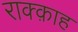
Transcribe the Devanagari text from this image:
राक्क़ाह